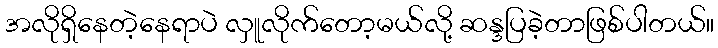
အလိုရှိနေတဲ့နေရာပဲ လှူလိုက်တော့မယ်လို့ ဆန္ဒပြခဲ့တာဖြစ်ပါတယ်။